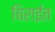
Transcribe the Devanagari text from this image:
चिराईत